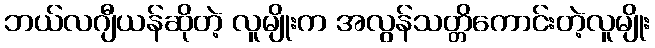
ဘယ်လဂျီယန်ဆိုတဲ့ လူမျိုးက အလွန်သတ္တိကောင်းတဲ့လူမျိုး